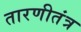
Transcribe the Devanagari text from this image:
तारणीतंत्र